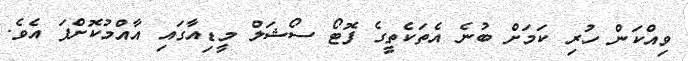
ވިއްކަން ހުރި ކަމަށް ބުނެ އެތަކެތީގެ ފޮޓޯ ސޯޝަލް މީޑިއާގައި އާއްމުކޮށްފަ އެވެ.